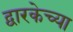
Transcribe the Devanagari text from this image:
द्वारकेच्या